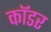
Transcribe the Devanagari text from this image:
कॉडर